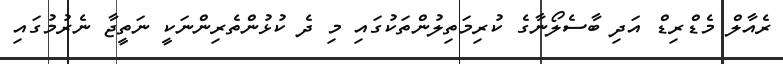
ރެއާލް މެޑްރިޑް އަދި ބާސެލޯނާގެ ކުރިމަތިލުންތަކުގައި މި ދެ ކުޅުންތެރިންނަކީ ނަތީޖާ ނެރުމުގައި